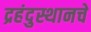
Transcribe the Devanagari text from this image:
द्रहंदुस्थानचे